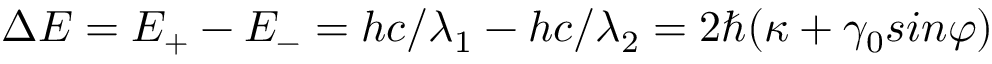
\Delta E = E _ { + } - E _ { - } = h c / \lambda _ { 1 } - h c / \lambda _ { 2 } = 2 \hbar ( \kappa + \gamma _ { 0 } s i n \varphi )